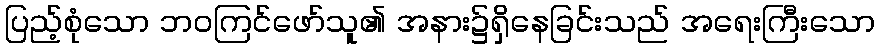
ပြည့်စုံသော ဘဝကြင်ဖော်သူ၏ အနား၌ရှိနေခြင်းသည် အရေးကြီးသော